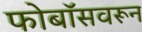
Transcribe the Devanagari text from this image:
फोबॉसवरून